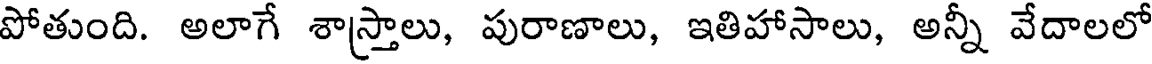
పోతుంది. అలాగే శాస్త్రాలు, పురాణాలు, ఇతిహాసాలు, అన్నీ వేదాలలో